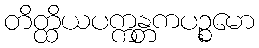
တိတ္ထိယပက္ကန္တကပဉ္စမော